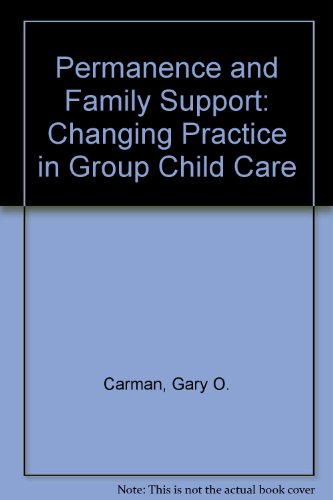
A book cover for Permanence and Family Support: Changing Practice in Group Child Care; Gary O. Carman; Parenting & Relationships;